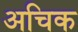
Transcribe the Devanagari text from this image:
अचिक